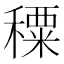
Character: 𥢕